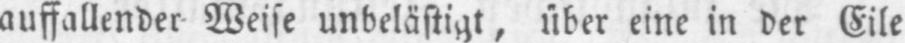
auffallender Weise unbelästigt, über eine in der Eile